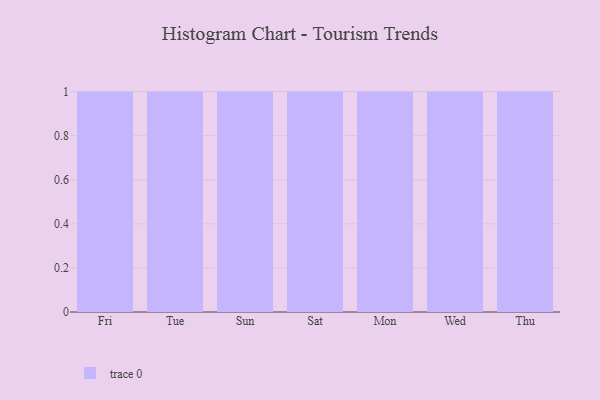
{"axis": {"x": "Day", "y": "Headcount"}, "legend": [""], "data": [{"x": "Fri", "y": 92, "type": ""}, {"x": "Tue", "y": 18, "type": ""}, {"x": "Sun", "y": 21, "type": ""}, {"x": "Sat", "y": 71, "type": ""}, {"x": "Mon", "y": 72, "type": ""}, {"x": "Wed", "y": 87, "type": ""}, {"x": "Thu", "y": 22, "type": ""}]}